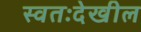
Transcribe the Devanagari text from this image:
स्वतःदेखील